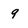
Character: 9